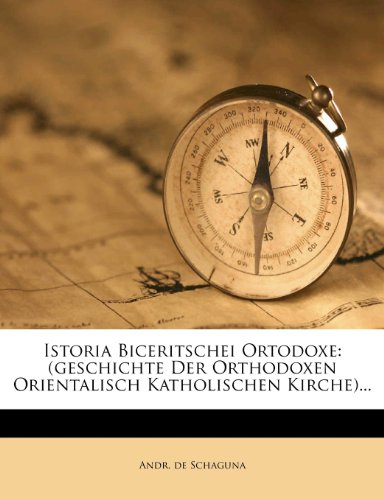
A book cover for Istoria Biceritschei Ortodoxe: (geschichte Der Orthodoxen Orientalisch Katholischen Kirche)... (Romanian Edition); Andr. de Schaguna; History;